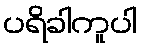
ပရိခါကူပါ